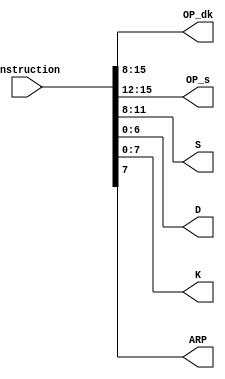
//------------------------------------------------------------------------
// Instruction Decoder
//------------------------------------------------------------------------

module instructiondecoder
(
    output [7:0]    OP_dk,     // 15:8 bits op of D type and K type [operation] 8 bits
    output [3:0]    OP_s,     // 15:12 bits op for s type
    output [3:0]    S,     // 11:8 bits in s type instruction
    output [6:0]    D,     // 15:11 bits of R-type
    output [7:0]    K,  // 7:0 bits of k type [8-bit immediate]
    output    ARP,     // 1 bit Addres pointing mode
    input  [15:0]   instruction  // 15 bits of instruction from instruction memory
);

    assign OP_dk = instruction[15:8];
    assign OP_s = instruction[15:12];
    assign S = instruction[11:8];
    assign D = instruction[6:0];
    assign K = instruction[7:0];
    assign ARP = instruction[7];

endmodule